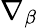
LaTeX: \nabla_{\beta}